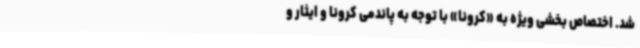
شد. اختصاص بخشی ویژه به «کرونا» با توجه به پاندمی کرونا و ایثار و